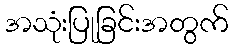
အသုံးပြုခြင်းအတွက်